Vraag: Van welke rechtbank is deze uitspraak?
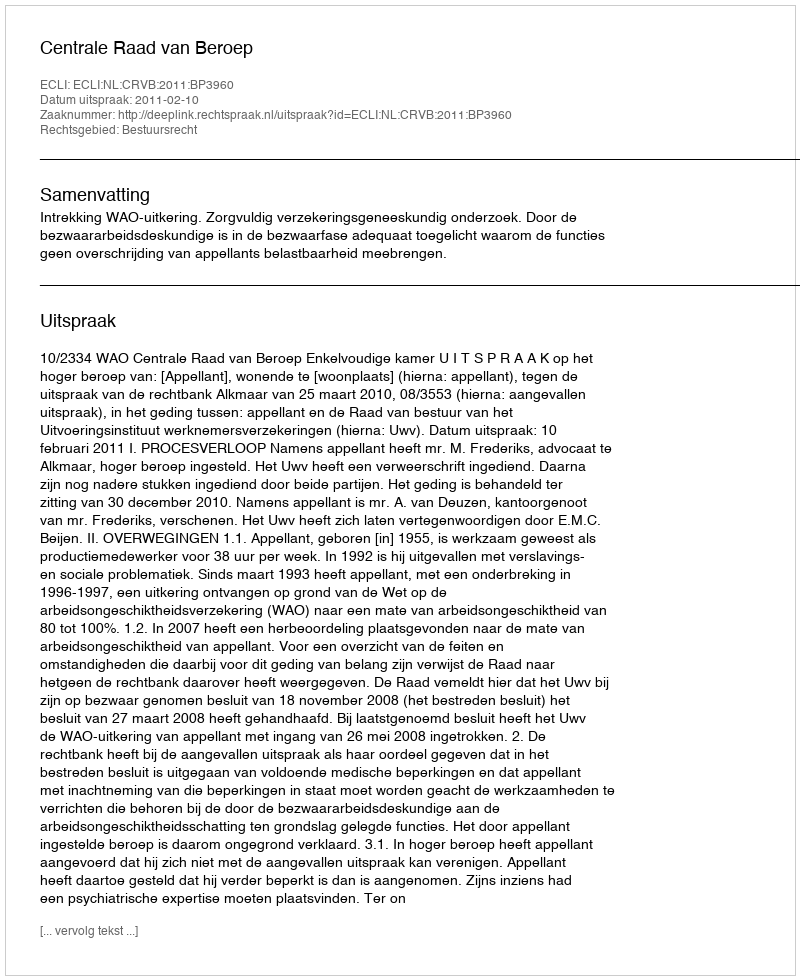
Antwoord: Centrale Raad van Beroep